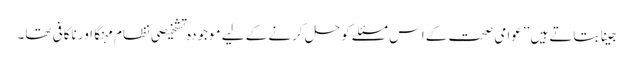
جینا بتاتے ہیں ’’عوامی صحت کے اس مسئلے کو حل کرنے کے لیے موجودہ تشخیصی نظام مہنگا اور ناکافی تھا۔